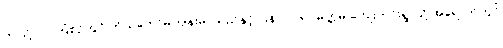
ဤသို့လုပ်ကြံစဉ်တွင် ကိုယ်တော်မကျန်းမာသည်နှင့် ပြန် လာရာ မုတ္တမ ကျေးကင်းရွာသို့ အရောက်တွင်